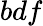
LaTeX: bdf